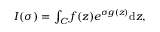
\begin{array} { r } { I ( \sigma ) = \int _ { C } f ( z ) e ^ { \sigma g ( z ) } \mathrm { d } z , } \end{array}